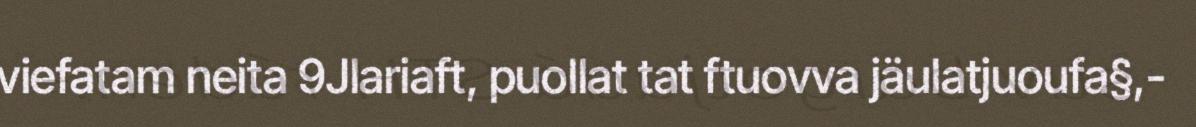
viefatam neita 9Jlariaft, puollat tat ftuovva jäulatjuoufa§,-